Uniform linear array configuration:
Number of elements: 64
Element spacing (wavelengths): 0.25
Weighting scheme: blackman
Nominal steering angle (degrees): -30
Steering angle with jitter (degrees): -31.458
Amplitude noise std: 0.05
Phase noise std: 0.05

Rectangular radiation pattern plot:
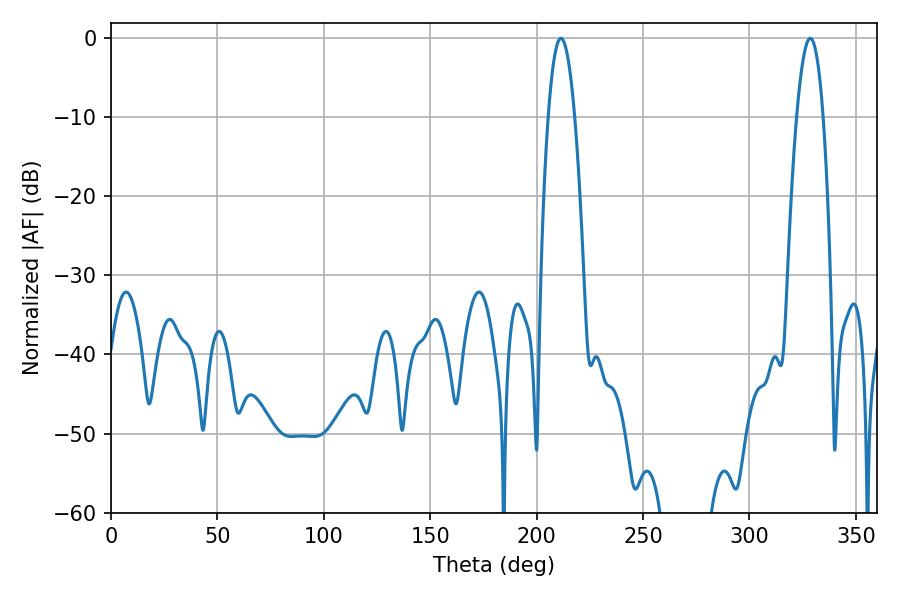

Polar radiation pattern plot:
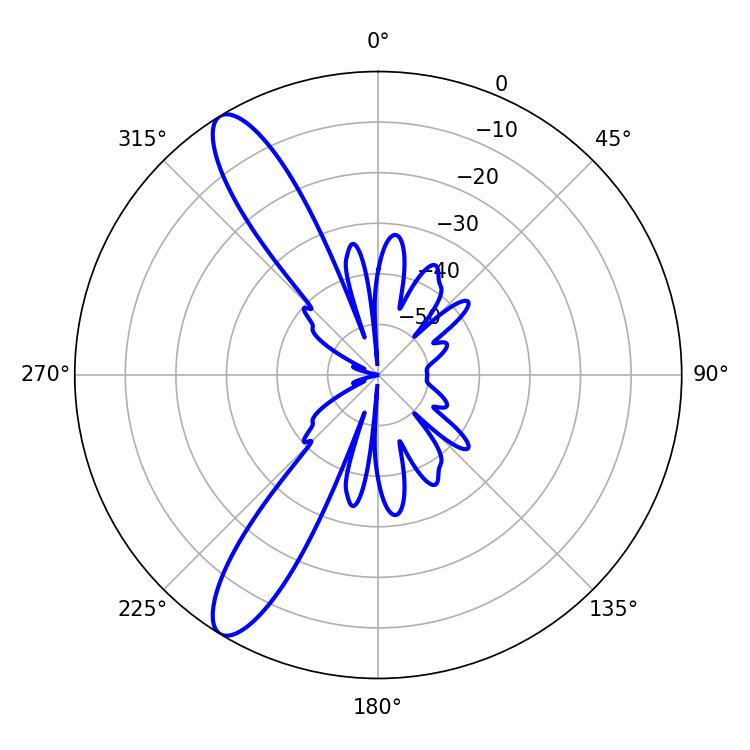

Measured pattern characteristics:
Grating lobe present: FALSE
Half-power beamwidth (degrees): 6.84
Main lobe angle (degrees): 328.5